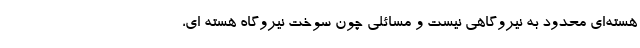
هسته‌ای محدود به نیروگاهی نیست و مسائلی چون سوخت نیروگاه هسته ای،